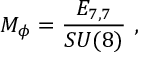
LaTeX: { \cal M } _ { \phi } = \frac { E _ { 7 , 7 } } { S U ( 8 ) } \ ,